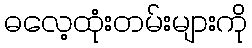
ဓလေ့ထုံးတမ်းများကို